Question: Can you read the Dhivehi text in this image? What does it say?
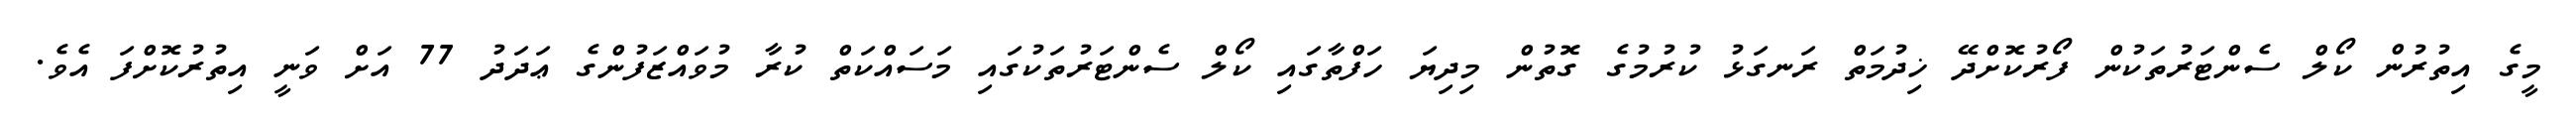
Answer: މީގެ އިތުރުން ކޯލް ސެންޓަރުތަކުން ފޯރުކޮށްދޭ ޚިދުމަތް ރަނގަޅު ކުރުމުގެ ގޮތުން މިދިޔަ ހަފްތާގައި ކޯލް ސެންޓަރުތަކުގައި މަސައްކަތް ކުރާ މުވައްޒަފުންގެ ޢަދަދު 77 އަށް ވަނީ އިތުރުކޮށްފަ އެވެ.